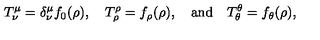
T _ { \nu } ^ { \mu } = \delta _ { \nu } ^ { \mu } f _ { 0 } ( \rho ) , \quad T _ { \rho } ^ { \rho } = f _ { \rho } ( \rho ) , \quad \mathrm { a n d } \quad T _ { \theta } ^ { \theta } = f _ { \theta } ( \rho ) ,